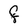
Character: F